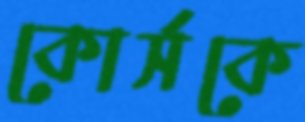
কোর্সকে